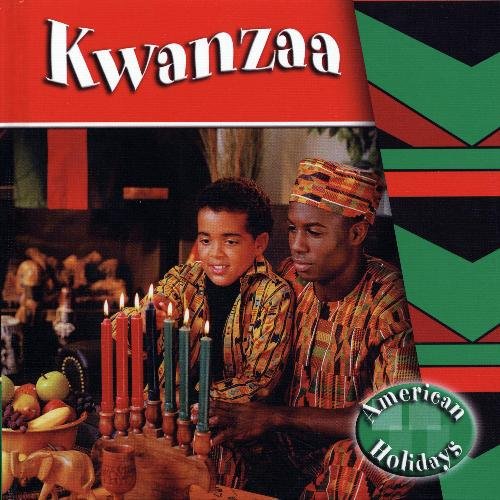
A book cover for Kwanzaa (American Holidays); Sandy Sepehri; Children's Books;